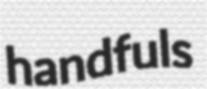
handfuls